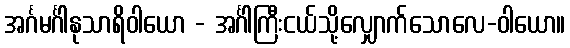
အင်္ဂမင်္ဂါနုသာရိဝါယော - အင်္ဂါကြီးငယ်သို့လျှောက်သောလေ-ဝါယော။